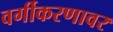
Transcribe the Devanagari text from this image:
वर्गीकरणावर